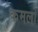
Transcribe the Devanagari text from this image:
कमलो